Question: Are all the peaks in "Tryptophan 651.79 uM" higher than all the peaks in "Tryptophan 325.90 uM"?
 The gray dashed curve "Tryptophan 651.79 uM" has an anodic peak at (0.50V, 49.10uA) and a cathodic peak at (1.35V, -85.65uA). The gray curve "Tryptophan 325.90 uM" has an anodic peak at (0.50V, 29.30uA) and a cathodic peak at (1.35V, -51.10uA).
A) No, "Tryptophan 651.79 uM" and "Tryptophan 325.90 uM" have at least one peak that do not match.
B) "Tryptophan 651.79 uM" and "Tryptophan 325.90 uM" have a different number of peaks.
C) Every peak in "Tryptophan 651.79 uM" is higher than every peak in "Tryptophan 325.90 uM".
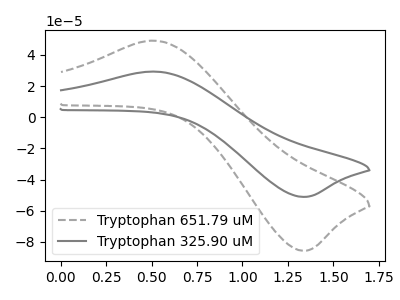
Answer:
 <answer>C) Every peak in "Tryptophan 651.79 uM" is higher than every peak in "Tryptophan 325.90 uM".</answer>
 <eval>C</eval>